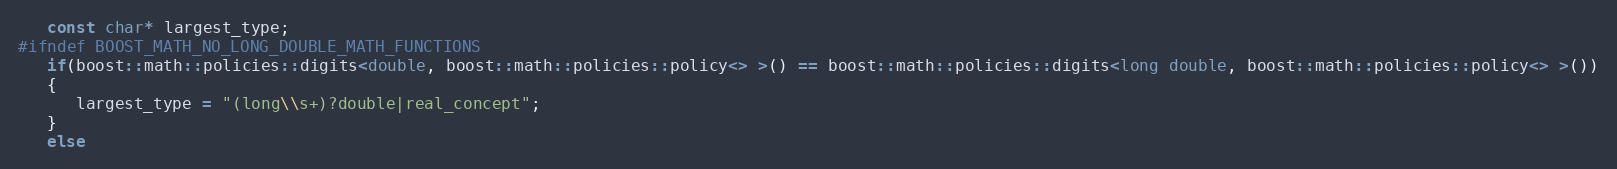
Language: C++
   const char* largest_type;
#ifndef BOOST_MATH_NO_LONG_DOUBLE_MATH_FUNCTIONS
   if(boost::math::policies::digits<double, boost::math::policies::policy<> >() == boost::math::policies::digits<long double, boost::math::policies::policy<> >())
   {
      largest_type = "(long\\s+)?double|real_concept";
   }
   else